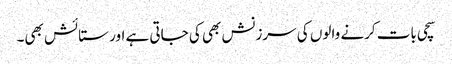
سچی بات کرنے والوں کی سرزنش بھی کی جاتی ہے اور ستائش بھی۔